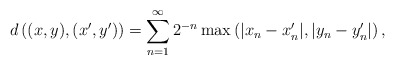
\begin{align*} d\left((x, y), (x^\prime, y^\prime)\right) = \sum_{n=1}^\infty 2^{-n} \max\left(|x_n-x^\prime_n|, |y_n-y^\prime_n|\right), \end{align*}